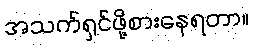
အသက်ရှင်ဖို့စားနေရတာ။